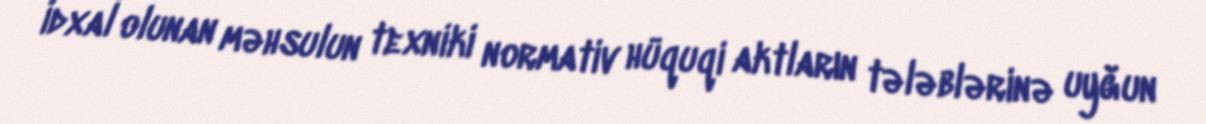
İdxal olunan məhsulun texniki normativ hüquqi aktların tələblərinə uyğun